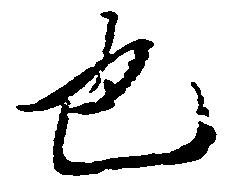
也